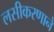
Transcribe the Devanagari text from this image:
लसीकरणाने